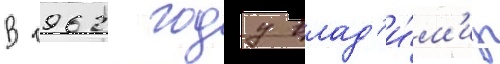
В 1962 году влад'и́м'ир